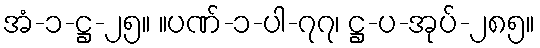
အံ-၁-ဋ္ဌ-၂၅။ ။ပဏ်-၁-ပါ-၇၇၊ ဋ္ဌ-ပ-အုပ်-၂၈၅။